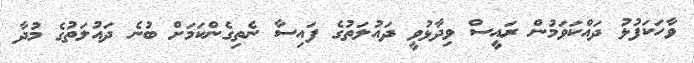
ވާހަކަފުޅު ދައްކަވަމުން ރައީސް ވިދާޅުވީ ދައުލަތުގެ ފައިސާ ނެތިގެންކަމަށް ބުނެ ދައުލަތުގެ މުދާ